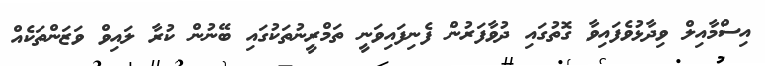
އިސްމާއިލް ވިދާޅުވެފައިވާ ގޮތުގައި ދުވާފަރުން ފެނިފައިވަނީ ތަމްރީނުތަކުގައި ބޭނުން ކުރާ ލައިވް ވަޒަންތަކެއް